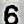
6